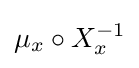
\mu _{x}\circ X_{x}^{-1}